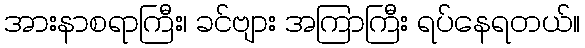
အားနာစရာကြီး၊ ခင်ဗျား အကြာကြီး ရပ်နေရတယ်။